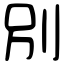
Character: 別